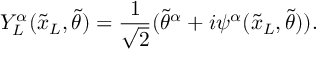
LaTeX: Y _ { L } ^ { \alpha } ( { \tilde { x } _ { L } } , { \tilde { \theta } } ) = \frac { 1 } { \sqrt { 2 } } ( { { \tilde { \theta } } ^ { \alpha } } + i \psi ^ { \alpha } ( { \tilde { x } _ { L } } , { \tilde { \theta } } ) ) .